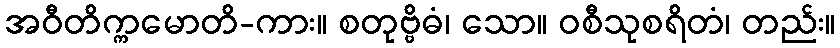
အဝီတိက္ကမောတိ-ကား။ စတုဗ္ဗိဓံ၊ သော။ ဝစီသုစရိတံ၊ တည်း။